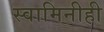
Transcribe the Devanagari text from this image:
स्वामिनीही